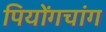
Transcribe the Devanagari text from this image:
पियोंगचांग